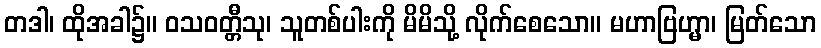
တဒါ၊ ထိုအခါ၌။ ဝသဝတ္တီသု၊ သူတစ်ပါးကို မိမိသို့ လိုက်စေသော။ မဟာဗြဟ္မာ၊ မြတ်သော